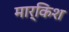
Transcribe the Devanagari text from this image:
मार्किश